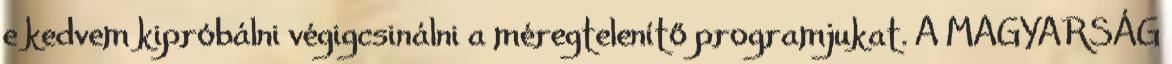
e kedvem kipróbálni végigcsinálni a méregtelenítő programjukat. A MAGYARSÁG